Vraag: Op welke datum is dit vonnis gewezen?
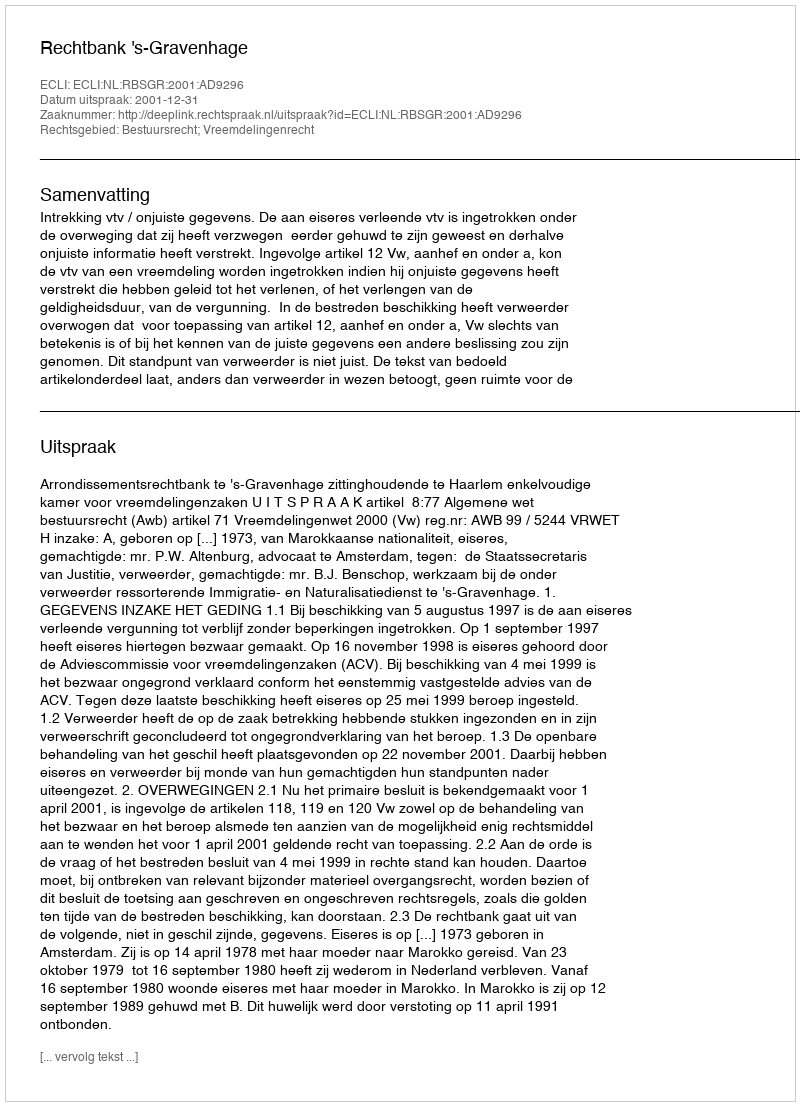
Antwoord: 2001-12-31